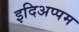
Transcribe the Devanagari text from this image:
इदिअप्पम